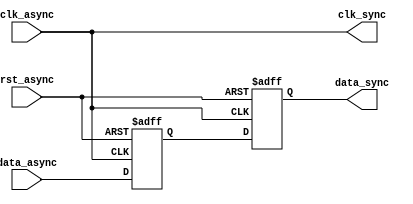
module async_fifo_synchronizer (
    input wire clk_async,         // Asynchronous clock
    input wire rst_async,         // Asynchronous reset
    input wire [7:0] data_async,  // Asynchronous data
    output wire clk_sync,         // Synchronous clock
    output reg [7:0] data_sync    // Synchronous data
);

reg [7:0] async_data_reg;

always @(posedge clk_async or posedge rst_async) begin
    if (rst_async) begin
        async_data_reg <= 8'h00;  // Reset async data register
    end else begin
        async_data_reg <= data_async;
    end
end

always @(posedge clk_async or posedge rst_async) begin
    if (rst_async) begin
        data_sync <= 8'h00;        // Reset sync data register
    end else begin
        data_sync <= async_data_reg;
    end
end

assign clk_sync = clk_async;  // Synchronous clock matches asynchronous clock

endmodule